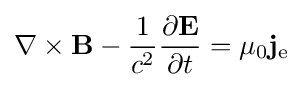
\nabla \times \mathbf {B} -{\frac {1}{c^{2}}}{\frac {\partial \mathbf {E} }{\partial t}}=\mu _{0}\mathbf {j} _{\mathrm {e} }